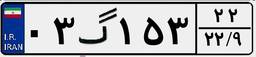
۰۳گ۱۵۳۲۲